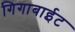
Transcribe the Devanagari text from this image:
गिगाबाईट